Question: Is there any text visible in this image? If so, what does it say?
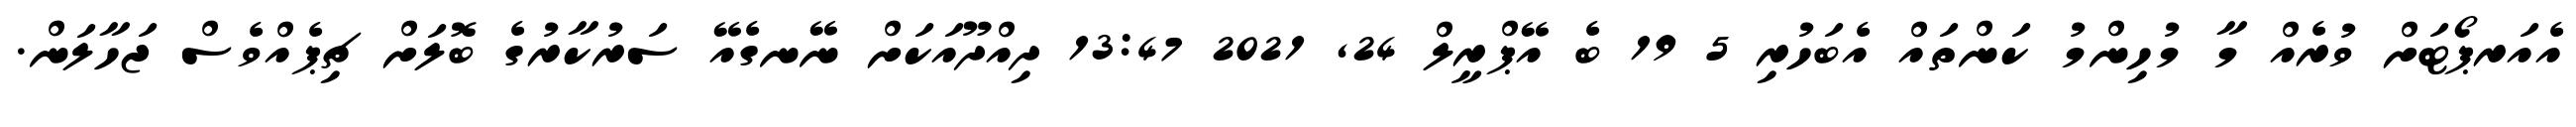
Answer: އެއަރޕޯޓަށް ވުރެއް މާ މުހިންމު ކަންތައް އެބަހުރި 5 19 ބެ އޭޕްރީލް 24, 2021 13:47 ދިއްދޫއަކަށް ނޭނގެއޭ ސަރުކާރުގެ ބޮލަށް ޗިޕެއްވެސް ޖަހާލަން.